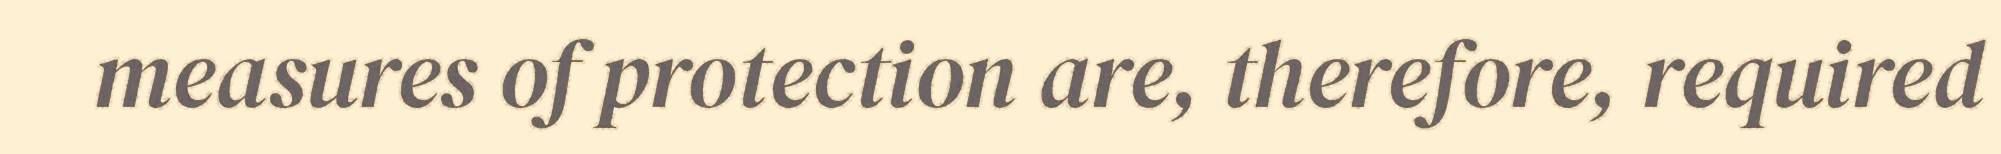
measures of protection are, therefore, required